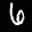
Digit: 6